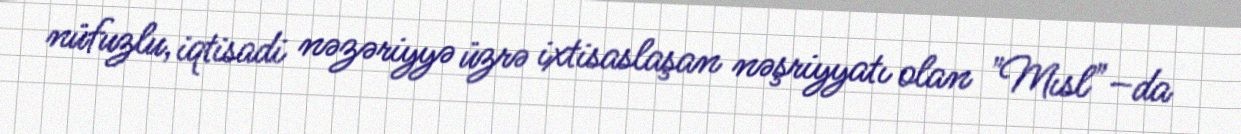
nüfuzlu, iqtisadi nəzəriyyə üzrə ixtisaslaşan nəşriyyatı olan "Mısl"–da